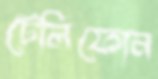
টেলিফোন